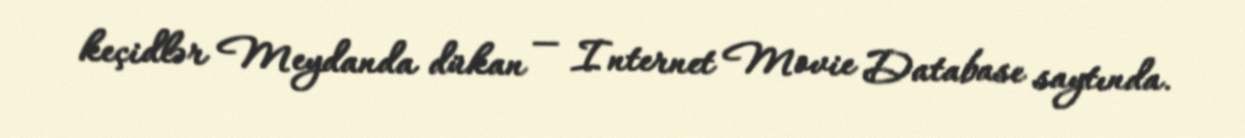
keçidlər Meydanda dükan — Internet Movie Database saytında.